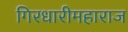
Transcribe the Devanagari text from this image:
गिरधारीमहाराज